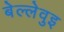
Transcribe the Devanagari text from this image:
बेल्लेवुइ